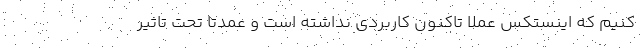
کنیم که اینستکس عملاً تاکنون کاربردی نداشته است و عمدتاً تحت تاثیر